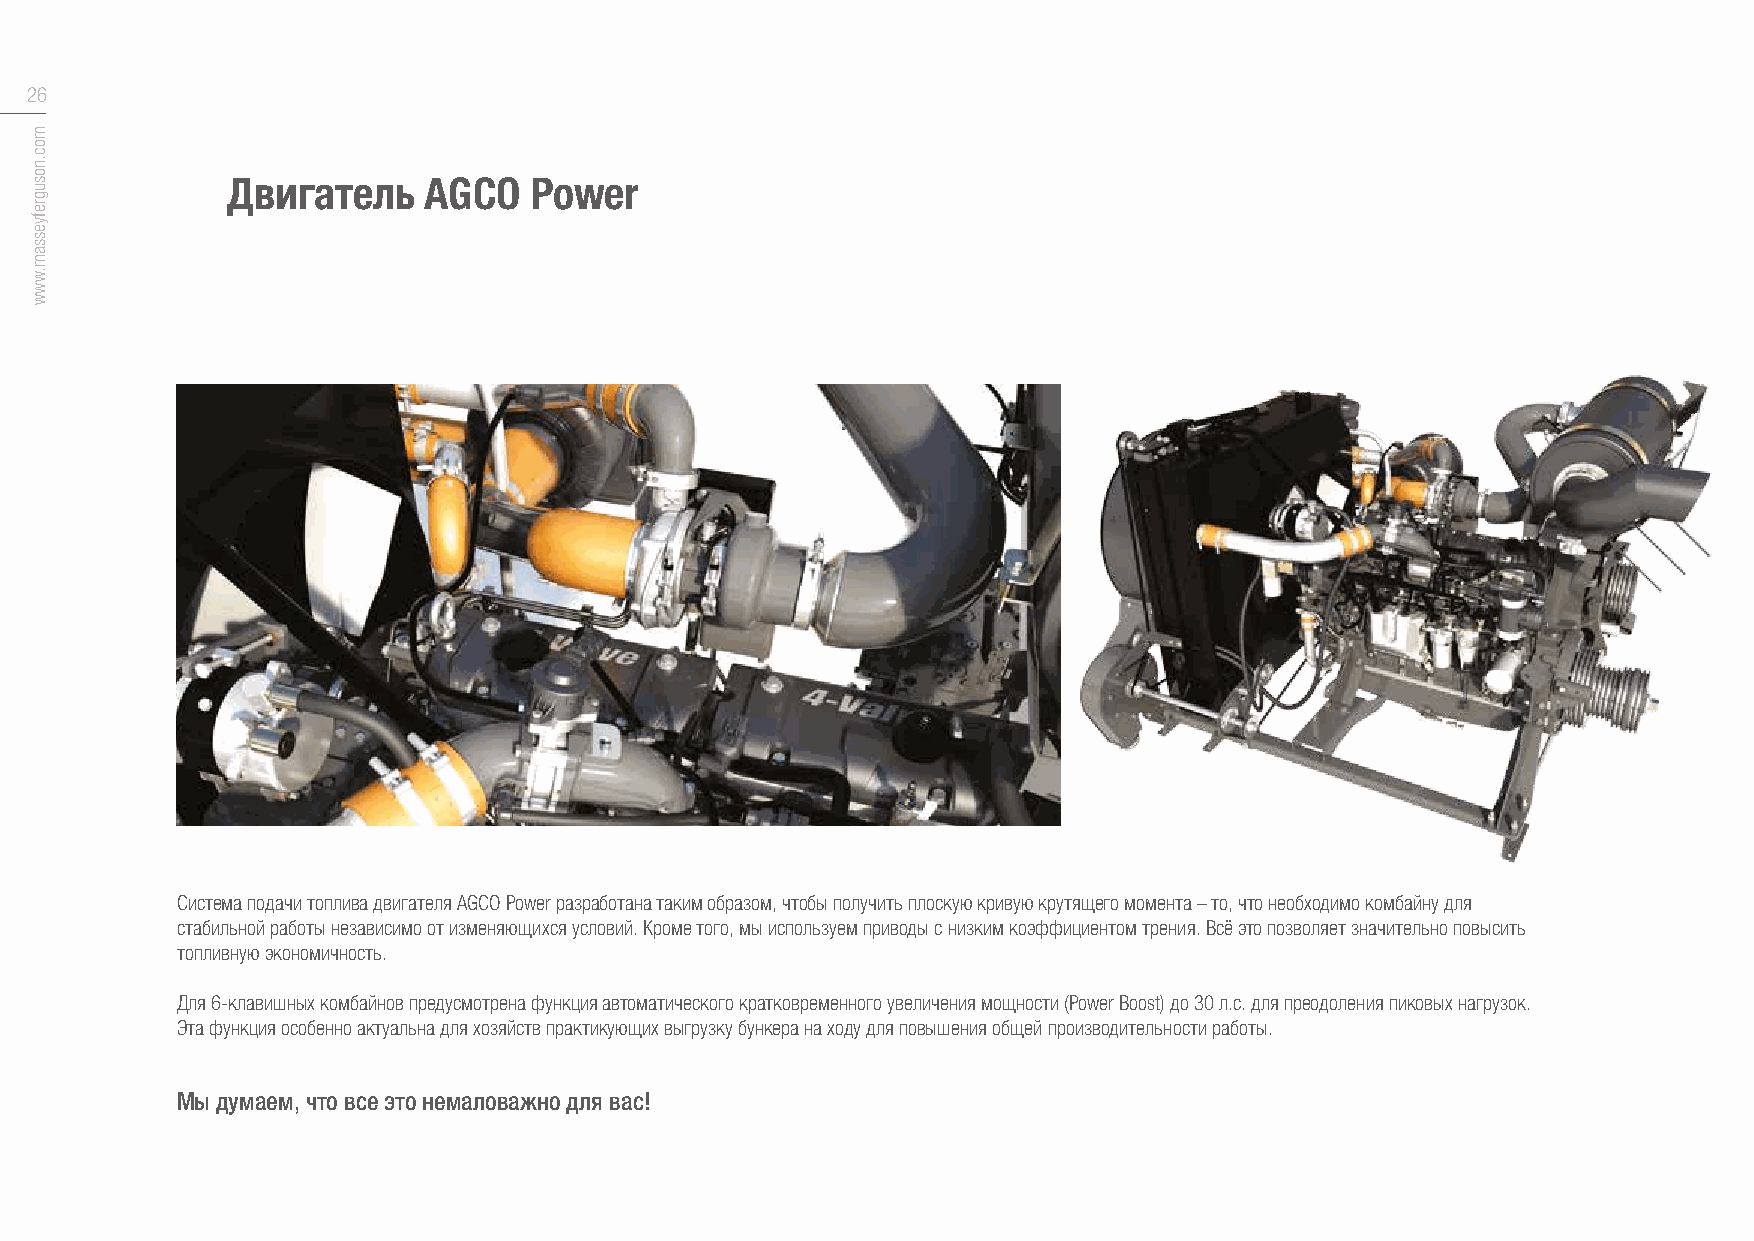
26
 Двигатель    AGCO   Power
 Система подачи топлива двигателя AGCO Power разработана таким образом, чтобы получить плоскую кривую крутящего момента – то, что необходимо комбайну для
 стабильной работы независимо от изменяющихся условий. Кроме того, мы используем приводы с низким коэффициентом трения. Всё это позволяет значительно повысить
 топливную экономичность.
 Для 6-клавишных комбайнов предусмотрена функция автоматического кратковременного увеличения мощности (Power Boost) до 30 л.с. для преодоления пиковых нагрузок.
 Эта функция особенно актуальна для хозяйств практикующих выгрузку бункера на ходу для повышения общей производительности работы.
 Мы думаем, что все это немаловажно для вас!
 moc.nosugrefyessam.www